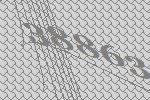
38863